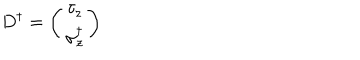
D ^ { \dagger } = \left( \begin{matrix} { { \tau _ { z } } } \\ { { \sigma _ { z } ^ { \dagger } } } \\ \end{matrix} \right)